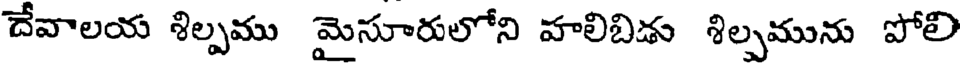
దేవాలయ శిల్పము మైసూరులోని హలిబిడు శిల్పమును పోలి